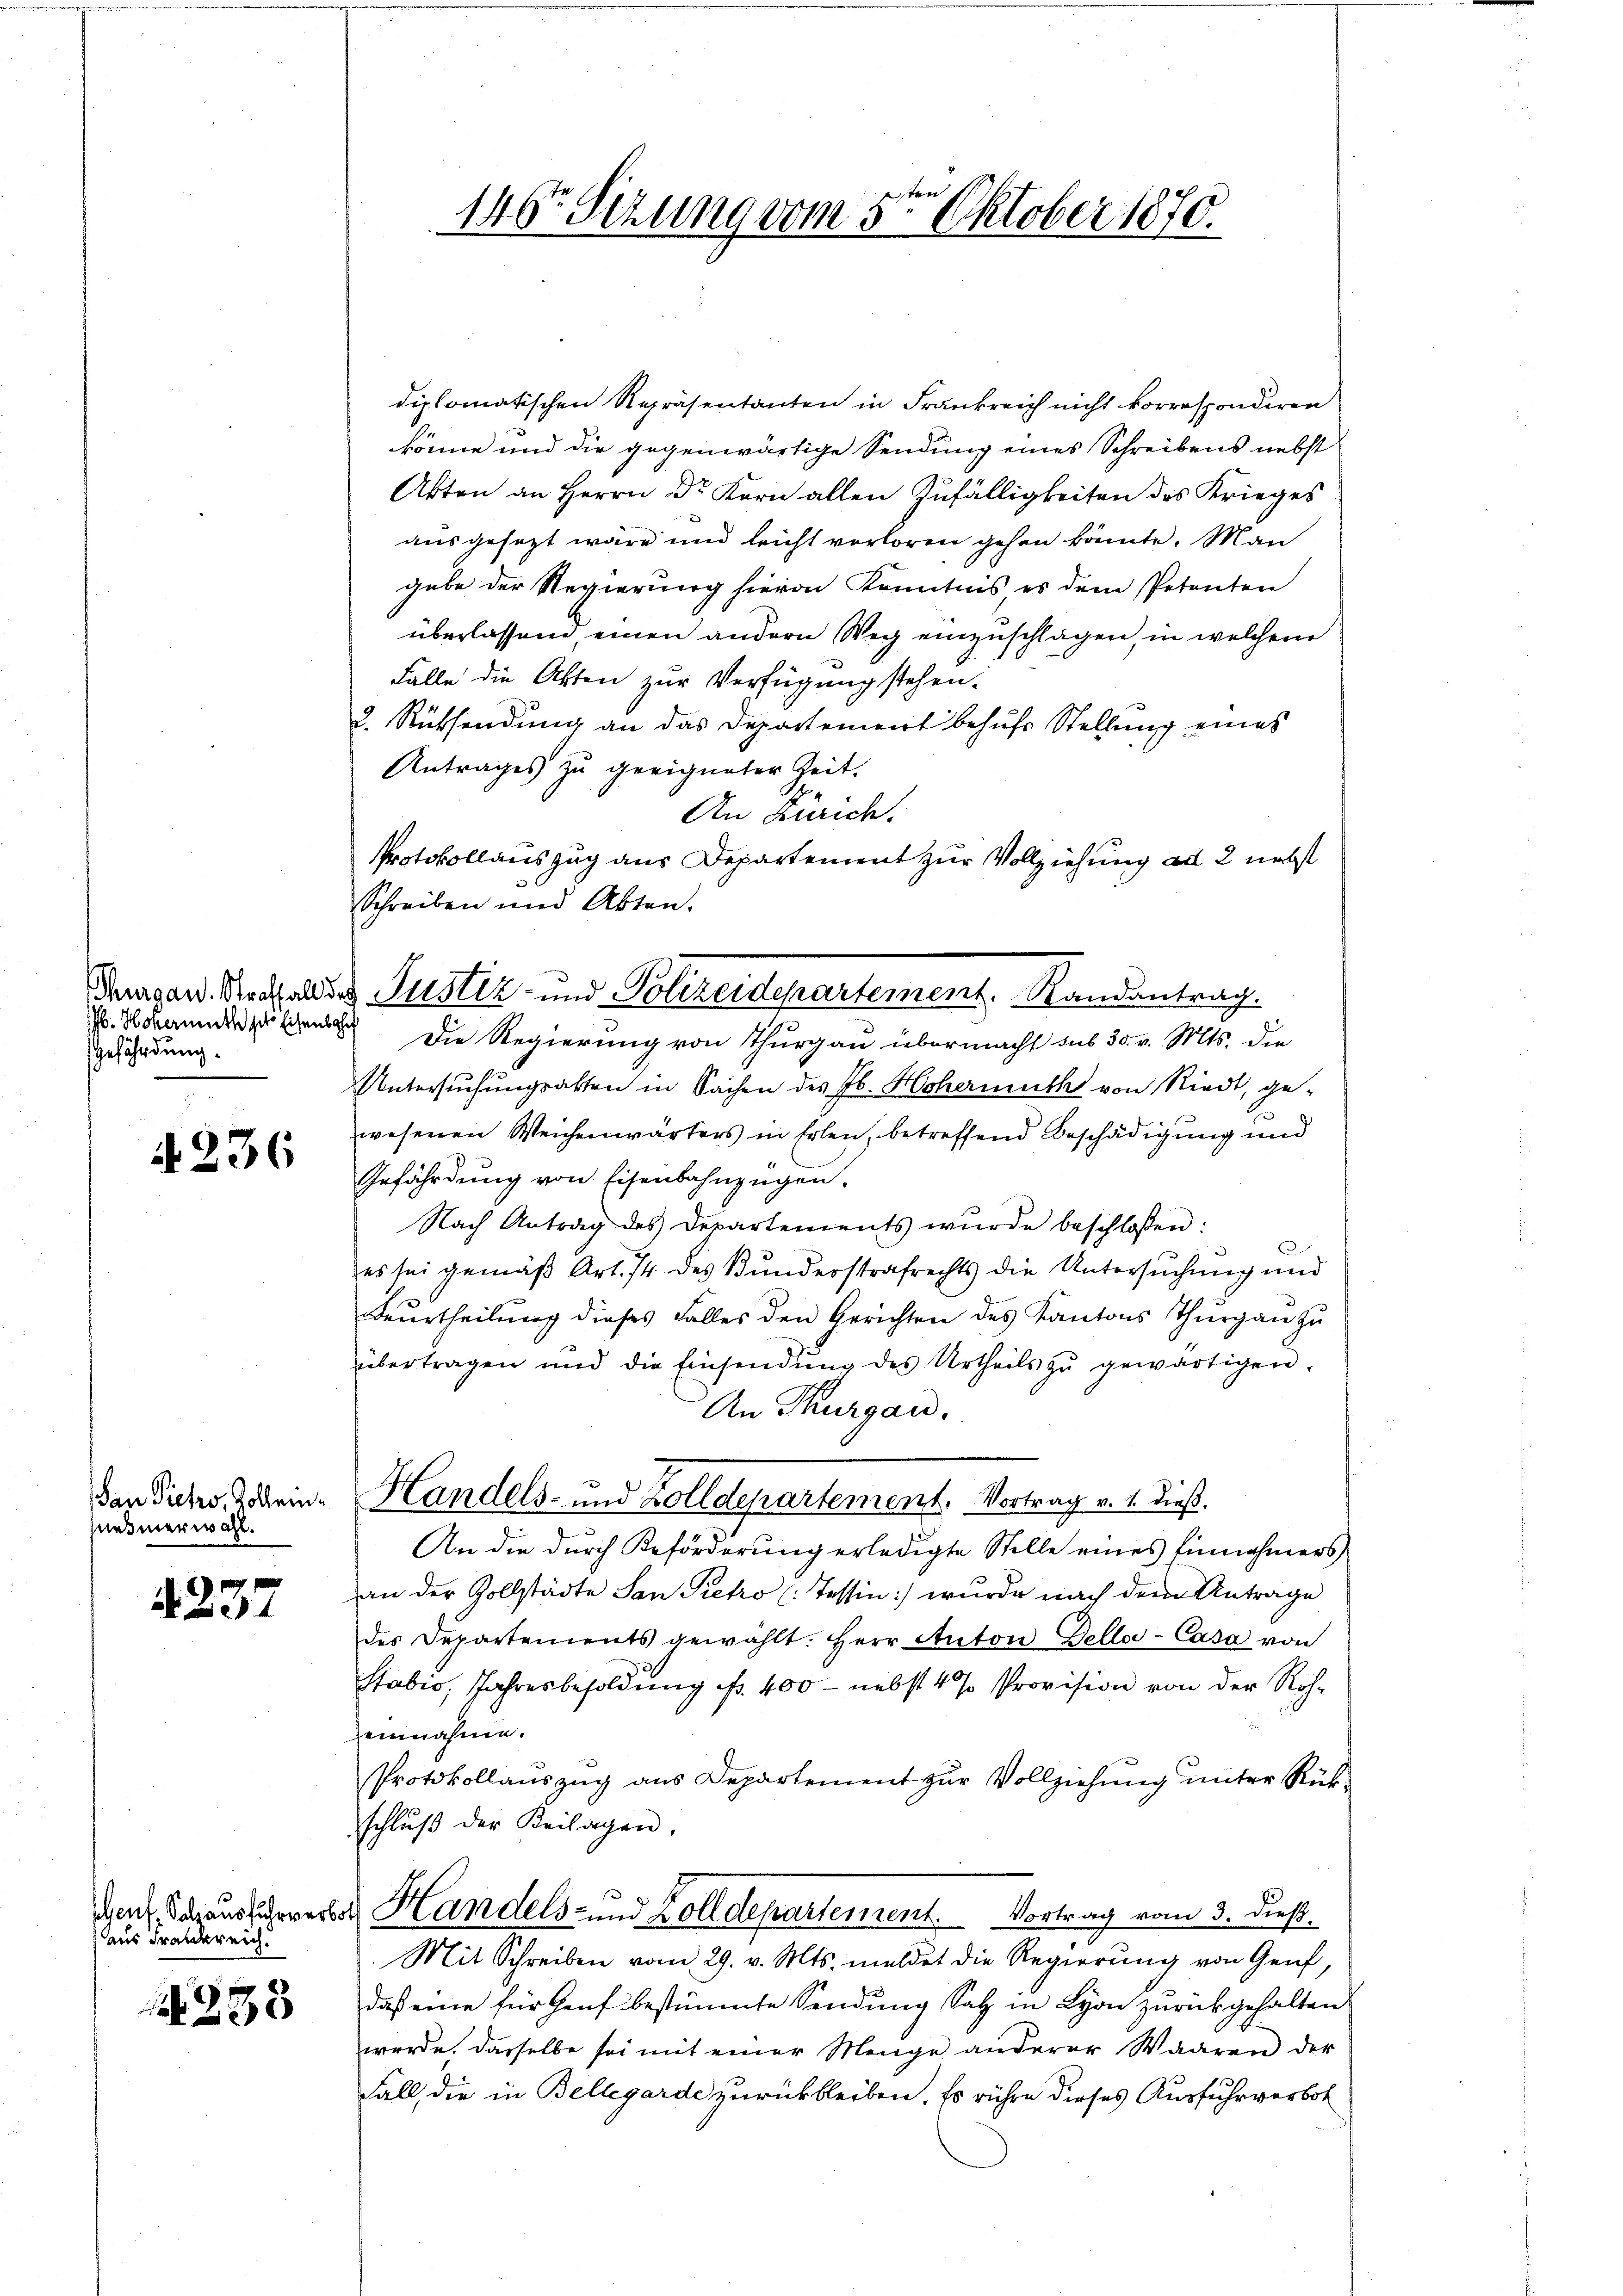
b. Hohermuth der Eisenb
Gefährdung.

A 236

an Pietro, Zollein¬
Meßmerwahl.

4237

Genf. Salzausfuhrverbot
aus Frankreich.

238

ces

diplomatischen Repräsentanten in Frankreich nicht korrespondiren
könne und die gegenwärtige Sendung eines Schreibens nebst
Akten an Herrn Dr. Korn allen Zufälligkeiten des Krieges
ausgesezt wäre und leicht verloren gehen könnte. Man
gabe der Regierung hievon Kenntnis es dem Petenten
überlassend, einen andern Weg einzuschlagen, in welchem
Falle die Akten zur Verfügung stehen.
2. Rücksendung an das Departement behufs Stellung eines
Antrages zu geeigneter Zeit.
An Zürich.
Protokollauszug aus Departement zur Vollziehung ad 2 nebst
Schreiben und Akten.
Die Regierung von Thurgau übermacht sub 30. v. Mts. die
Untersŭchŭngsakten in Sachen des Jb. Hohermuth von Riedt, ge-
wesenen Weichenwärters in Erlen, betreffend Beschädigung und
Gefährdung von Eisenbahnzügen.
Nach Antrag des Departements wŭrde beschloßen:
E
es sei gemäß Art. 74 des Bunderstrafrechts die Untersuchung und
Beurtheilŭng dieses Falles den Gerichten des Kantons Thurgau zu
übertragen und die Einsendŭng des Urtheils zŭ gewärtigen.
An Thurgau.
Handels- und Zolldepartement. Vortrag v. 1. dieβ.
An die durch Beförderung erledigte Stelle eines Einnahmers
an der Vollstädte San Pietro (Tessin:/ wurde nach dem Antrage
des Departements gewählt: Herr Anton Dello-Casa von
stabić, Jahresbesoldung fr. 400 - nebst 4 % Provision von der Roheinnahme.
Protokollauszug aus Departement zur Vollziehung unter Rück-
schlŭβ der Beilagen,
Handels- und Zolldepartement. Vortrag vom 3. dieß.
Mit Schreiben vom 29. v. Mts. meldet die Regierung von Genf,
daß eine für Genf bestimmte Sendung Satz in Lyon zurückgehalten.
werde. Dasselbe sei mit einer Menge anderer Waaren der
Fall, die in Bellegarde zurückbleiben. Es rühre dieses Ausfuhrverbot

146r Sitzung vom 5ten Oktober 1870.

Shagen. Schaden Justiz- und Polizeidepartement, Randantrag.